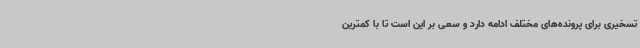
تسخیری برای پرونده‌های مختلف ادامه دارد و سعی بر این است تا با کمترین